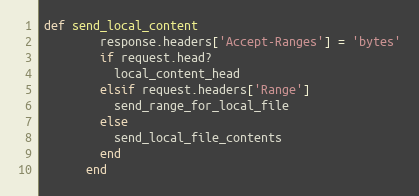
Language: Ruby
def send_local_content
        response.headers['Accept-Ranges'] = 'bytes'
        if request.head?
          local_content_head
        elsif request.headers['Range']
          send_range_for_local_file
        else
          send_local_file_contents
        end
      end